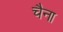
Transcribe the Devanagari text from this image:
चैना